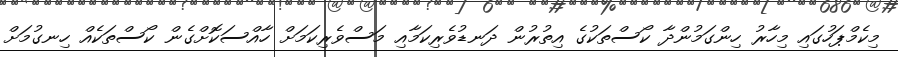
މިކެމްޕަހުގައި މިހާރު ހިންގަމުންދާ ކޯސްތަކުގެ އިތުރުން ދަނޑުވެރިކަމާއި މަސްވެރިކަމަށް ހާއްސަކޮށްގެން ކޯސްތަކެއް ހިނގުމަށް